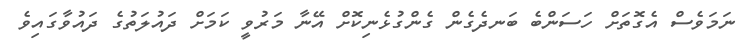
ނަމަވެސް އެގޮތަށް ހަސަންބެ ބަނދެގެން ގެންގުޅެނިކޮށް އޭނާ މަރުވީ ކަމަށް ދައުލަތުގެ ދައުވާގައިވެ